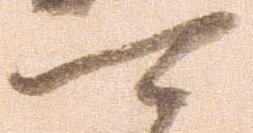
可